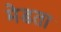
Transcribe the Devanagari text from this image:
मेडता